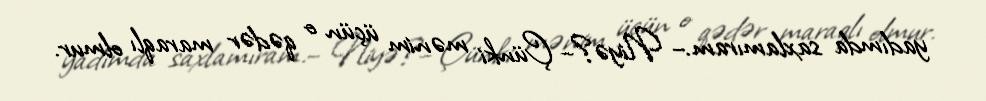
yadımda saxlamıram.– Niyə?– Çünki mənim üçün o qədər maraqlı olmur.